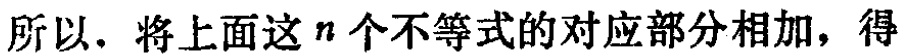
所以，将上面这\(n\)个不等式的对应部分相加，得